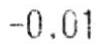
-0.01